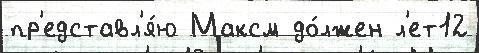
пр'едставл'я́ю Максм до́лжен л'ет12